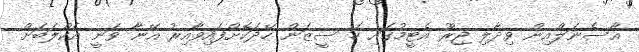
އާސެނަލްއިން ވިދާލި ޖިރޫ އެޓީމުގައި ހަ ސީޒަން ހޭދަކޮށްފައިވާއިރު އޭނާ ވަނީ އެކްލަބަށް